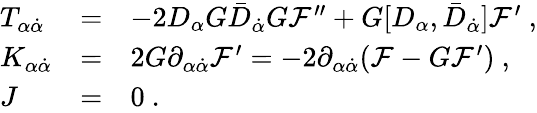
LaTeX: \begin{array}{lll}{{T_{\alpha{\dot{\alpha}}}}}&{{=}}&{{-2D_{\alpha}G{\bar{D}}_{\dot{\alpha}}G{\mathcal F}^{\prime\prime}+G[D_{\alpha},{\bar{D}}_{\dot{\alpha}}]{\mathcal F}^{\prime}\ ,}}\\ {{K_{\alpha{\dot{\alpha}}}}}&{{=}}&{{2G\partial_{\alpha{\dot{\alpha}}}{\mathcal F}^{\prime}=-2\partial_{\alpha{\dot{\alpha}}}({\mathcal F}-G{\mathcal F}^{\prime})\ ,}}\\ {{J}}&{{=}}&{{0\ .}}\end{array}